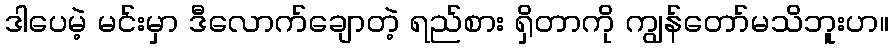
ဒါပေမဲ့ မင်းမှာ ဒီလောက်ချောတဲ့ ရည်စား ရှိတာကို ကျွန်တော်မသိဘူးဟ။